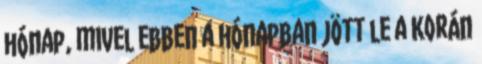
hónap, mivel ebben a hónapban jött le a Korán